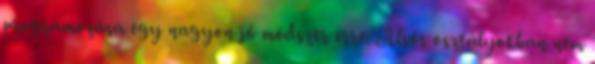
programozása egy nagyon jó módszer erre. Alsós osztályokban nem